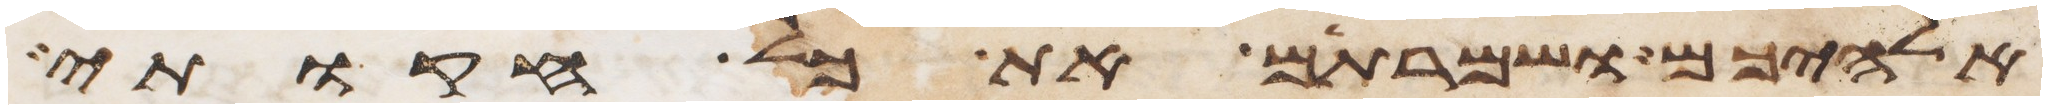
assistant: אלהיכם ושמרתם את כל חקותי